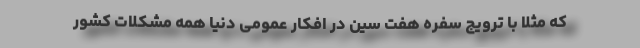
که مثلا با ترویج سفره هفت سین در افکار عمومی دنیا همه مشکلات کشور